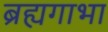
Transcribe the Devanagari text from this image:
ब्रह्यगाभा